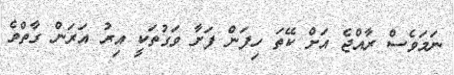
ނަމަވެސް ރާއްޖެ އަށް ކޭތަ ހިފަން ފަށާ ވަގުތަކީ އިރު އަރަން ގާތްވެ